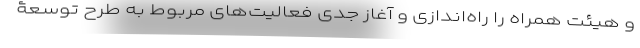
و هیئت همراه را راه‌اندازی و آغاز جدی فعالیت‌های مربوط به طرح توسعۀ